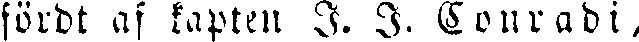
fördt af kapten I. I. Conradi,